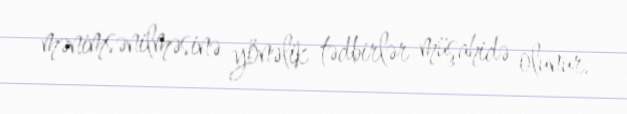
mənimsənilməsinə yönəlik tədbirlər müşahidə olunur.